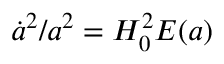
{ \dot { a } ^ { 2 } } / { a ^ { 2 } } = H _ { 0 } ^ { 2 } { E ( a ) }